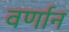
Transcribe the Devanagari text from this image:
वर्णान